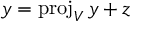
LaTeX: y = \operatorname { p r o j } _ { V } y + z